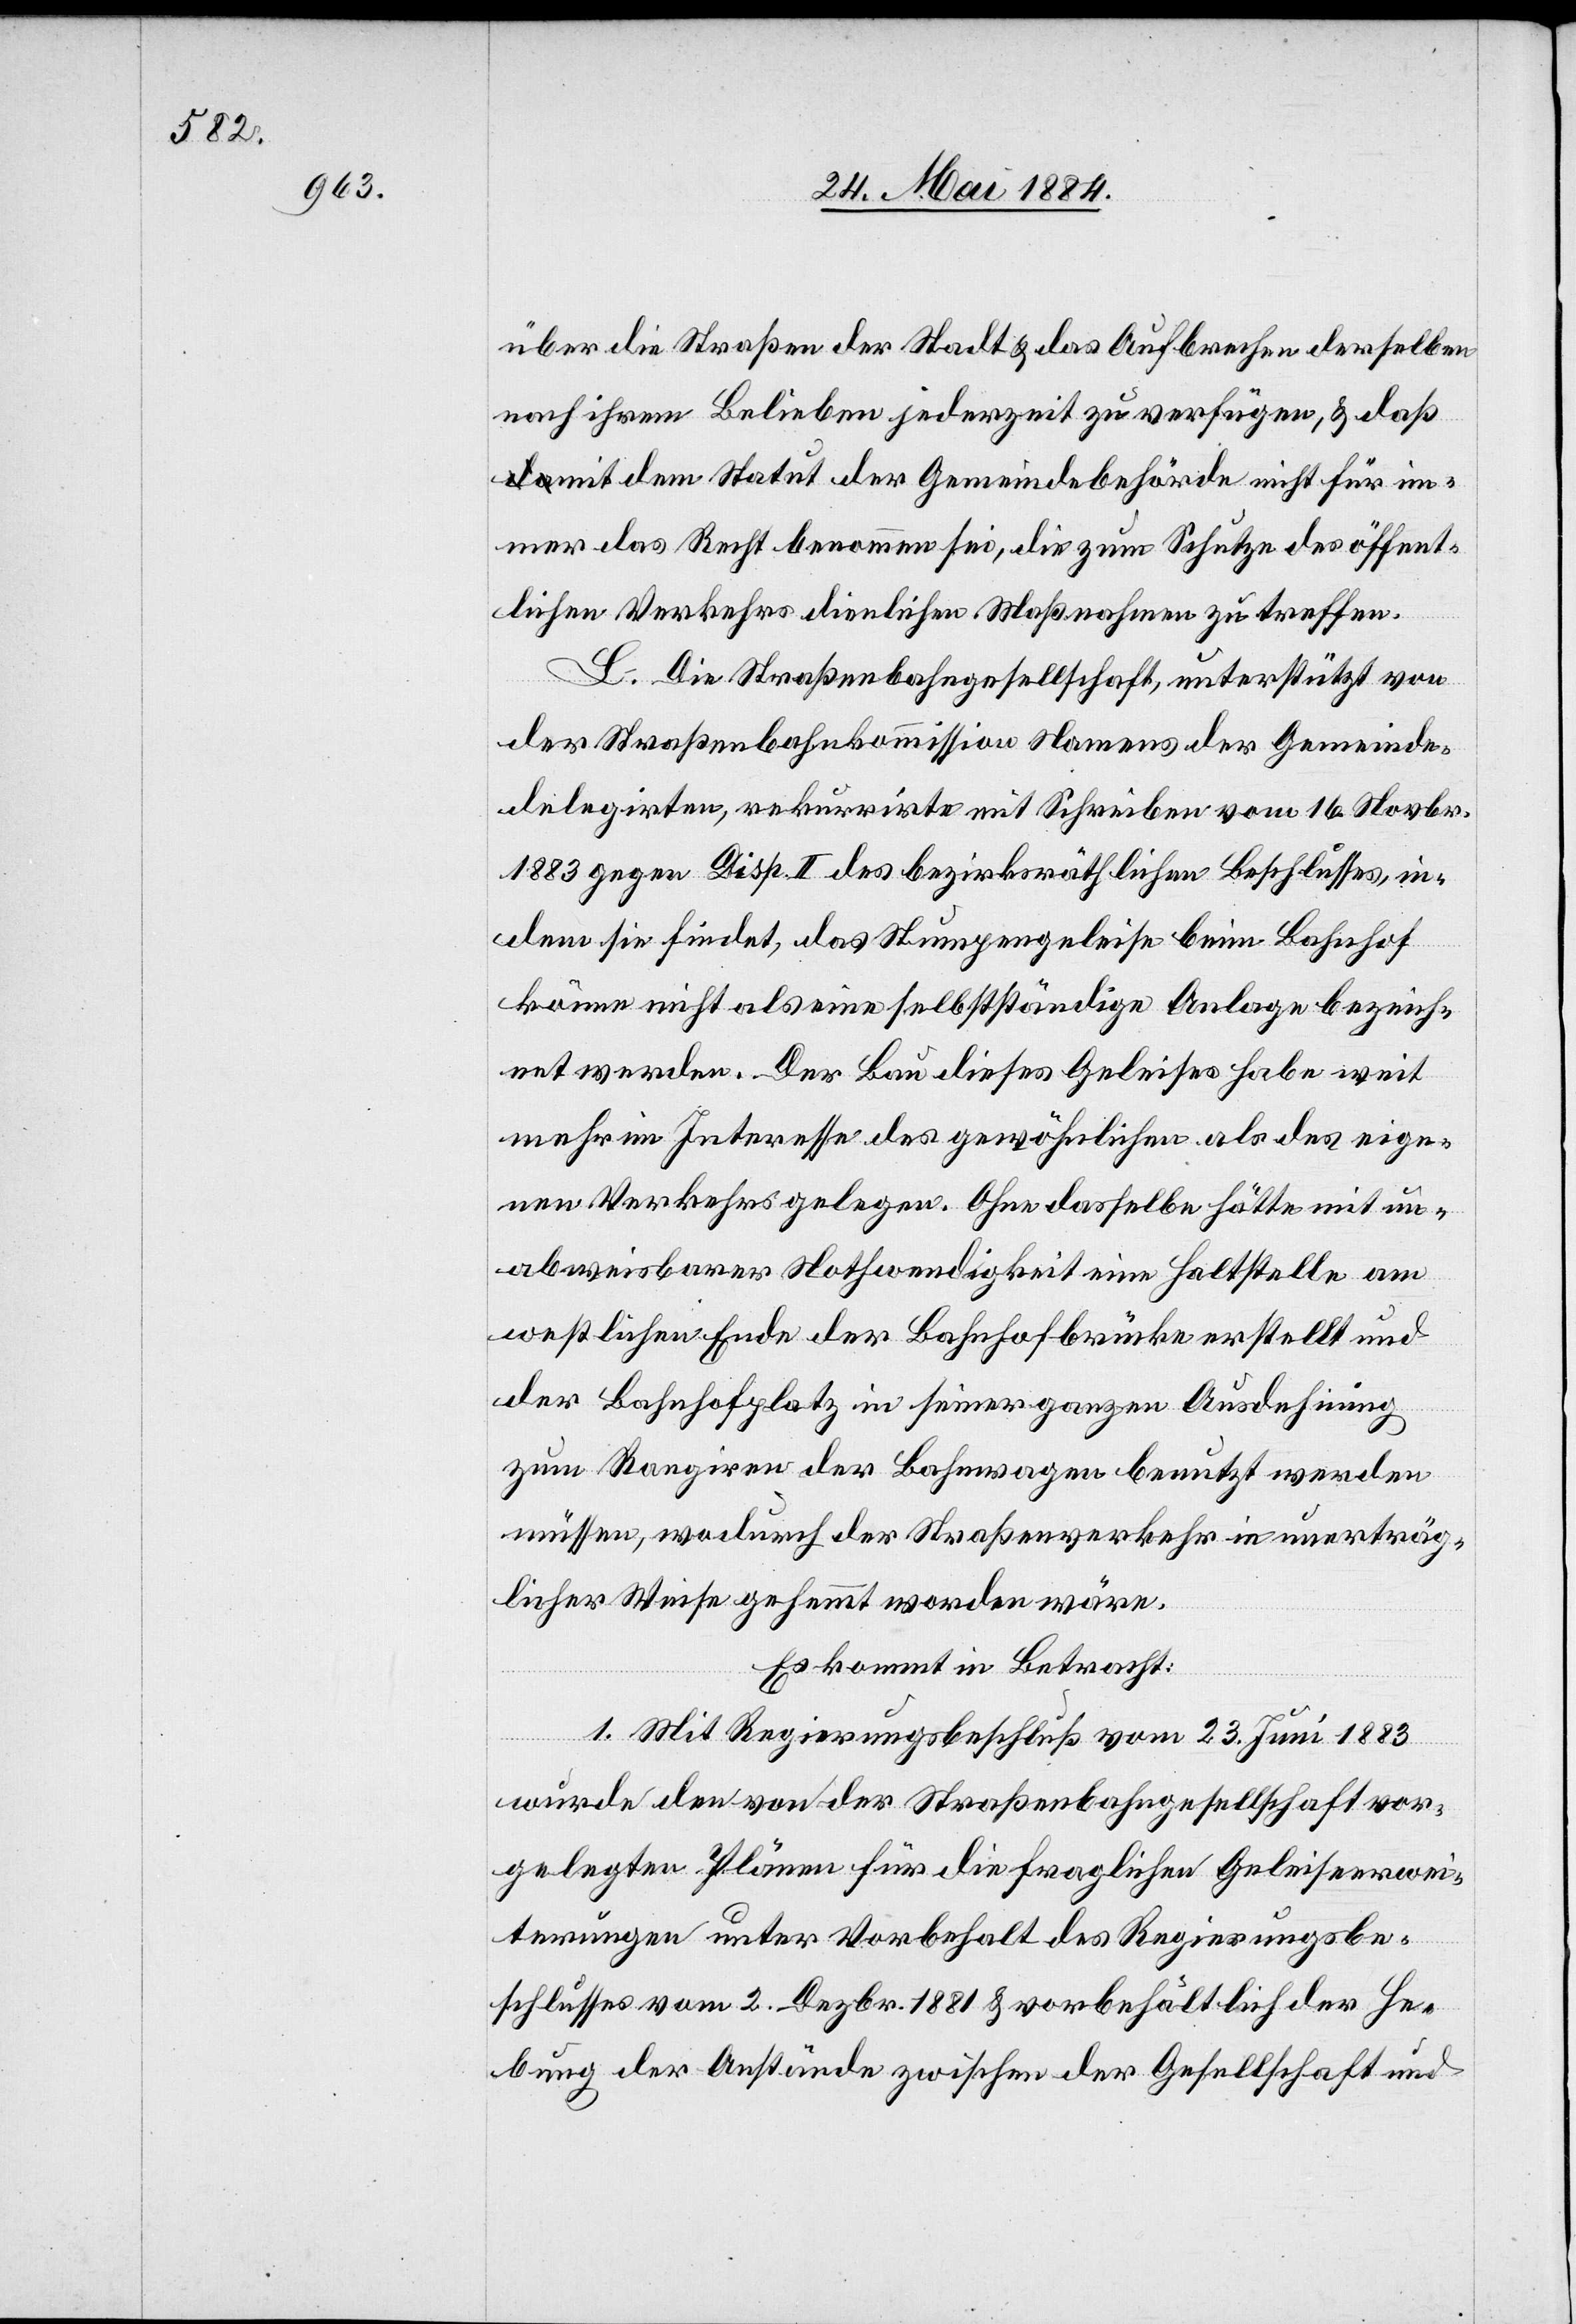
über die Straßen der Stadt & das Aufbrechen derselben
nach ihrem Belieben jederzeit zu verfügen, & daß
mit dem Statut der Gemeindebehörde nicht für im¬
mer das Recht benommen sei, die zum Schutze des öffent¬
lichen Verkehrs dienlichen Maßnahmen zu treffen.
L. Die Straßenbahngesellschaft, unterstützt von
der Straßenbahnkommission Namens der Gemeinde
delegirten, rekurrirte mit Schreiben vom 16. Novbr.
1883 gegen Disp. II des bezirksräthlichen Beschlusses, in¬
dem sie findet, das Stumpengeleise beim Bahnhof
könne nicht als eine selbstständige Anlage bezeich¬
net werden. Der Bau dieses Geleises habe weit
mehr im Interesse des gewöhnlichen als des eige¬
nen Verkehrs gelegen. Ohne dasselbe hätte mit un¬
abweisbarer Nothwendigkeit eine Haltstelle am
westlichen Ende der Bahnhofbrücke erstellt und
der Bahnhofplatz in seiner ganzen Ausdehnung
zum Rangiren der Bahnwagen benutzt werden
müssen, wodurch der Straßenverkehr in unerträg¬
licher Weise gehemmt worden wäre.
Es kommt in Betracht:
1. Mit Regierungsbeschluß vom 23. Juni 1883
wurde den von der Straßenbahngesellschaft vor¬
gelegten Plänen für die fraglichen Geleiseerwei¬
terungen unter Vorbehalt des Regierungsbe¬
schlusses vom 2. Dezbr. 1881 & vorbehältlich der He¬
bung der Anstände zwischen der Gesellschaft und